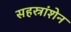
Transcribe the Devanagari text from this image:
सहस्रांशेन